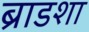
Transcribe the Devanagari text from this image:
ब्राडशा